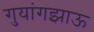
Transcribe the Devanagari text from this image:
गुयांगझाऊ